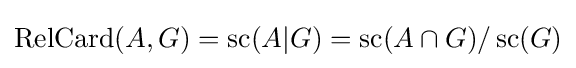
\operatorname {RelCard} (A,G)=\operatorname {sc} (A|G)=\operatorname {sc} (A\cap {G})/\operatorname {sc} (G)